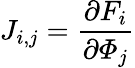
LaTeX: J_{i,j}=\frac{\partial F_{i}}{\partial\mathbf{\varPhi}_{j}}